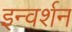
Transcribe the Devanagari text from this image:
इन्वर्शन